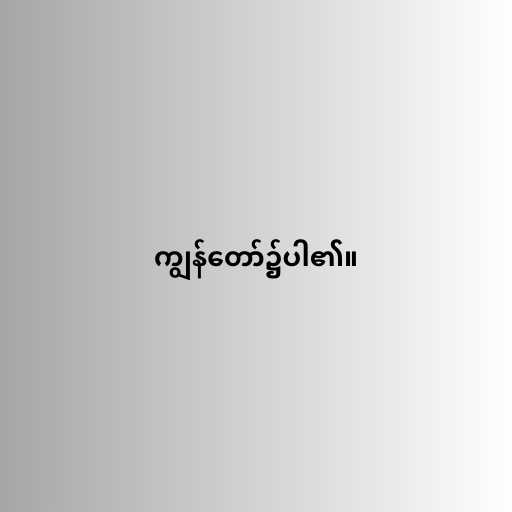
ကျွန်တော်၌ပါ၏။